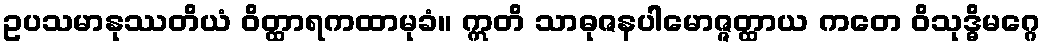
ဥပသမာနုဿတိယံ ဝိတ္ထာရကထာမုခံ။ ဣတိ သာဓုဇနပါမောဇ္ဇတ္ထာယ ကတေ ဝိသုဒ္ဓိမဂ္ဂေ